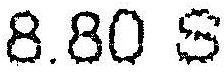
8.80 S